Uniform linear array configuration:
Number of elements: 64
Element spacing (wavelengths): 1
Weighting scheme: hamming
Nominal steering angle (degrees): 0
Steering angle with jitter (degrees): -0.8044
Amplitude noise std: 0.05
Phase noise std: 0.05

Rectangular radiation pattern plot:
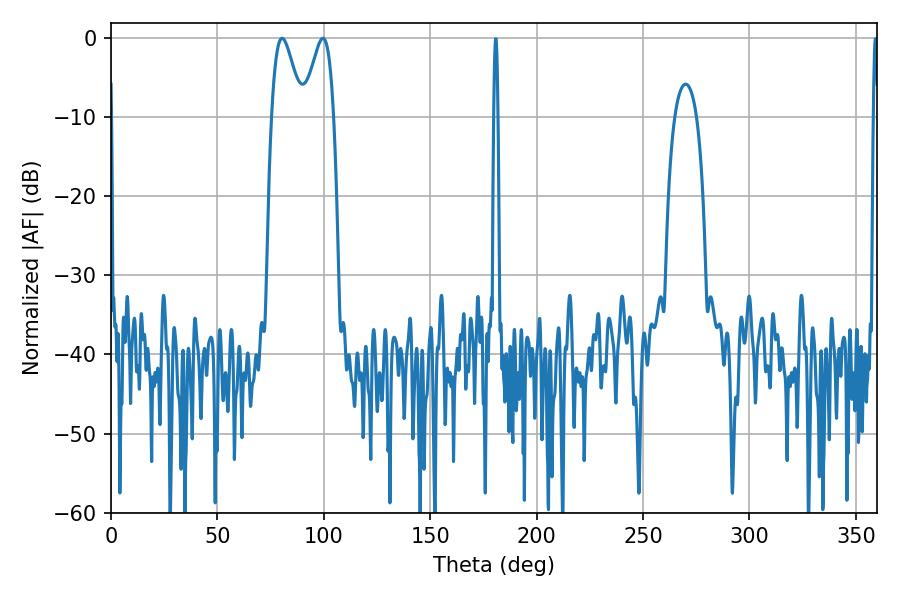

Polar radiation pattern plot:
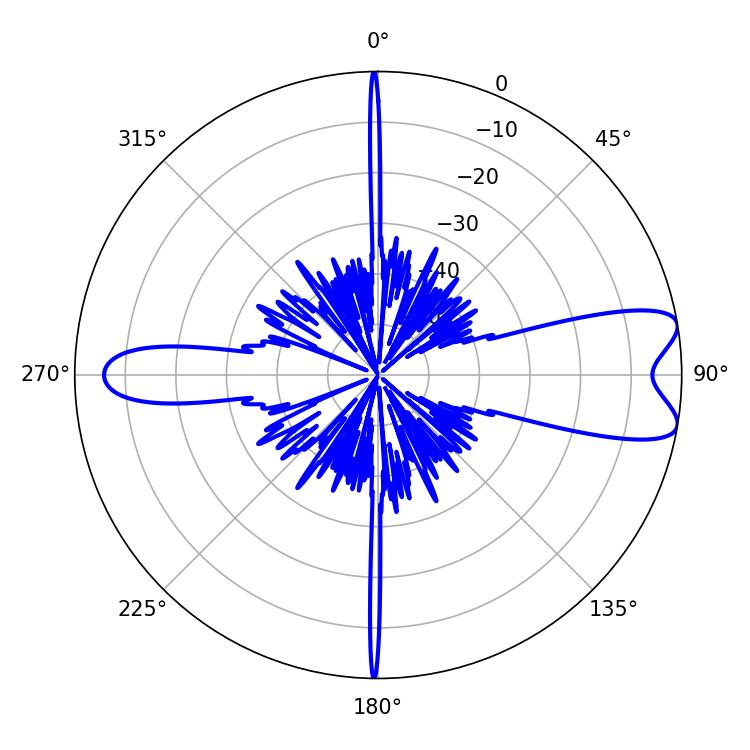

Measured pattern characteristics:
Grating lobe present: TRUE
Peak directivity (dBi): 9.055
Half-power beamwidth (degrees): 7.56
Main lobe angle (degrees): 80.46